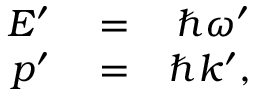
\begin{array} { r l r } { E ^ { \prime } } & { { } = } & { \hbar \omega ^ { \prime } } \\ { p ^ { \prime } } & { { } = } & { \hbar k ^ { \prime } , } \end{array}